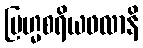
ဗြဟ္မစရိယဖလာနိ